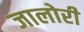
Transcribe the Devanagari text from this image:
जालोरी